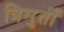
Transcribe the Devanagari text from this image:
त्रिमुर्ती